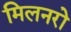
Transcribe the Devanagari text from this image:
मिलनरो